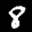
Label: 8